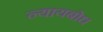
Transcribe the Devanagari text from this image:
न्यायबोध